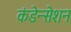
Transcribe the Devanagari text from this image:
कंडेन्सेशन